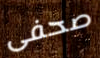
صحفى